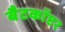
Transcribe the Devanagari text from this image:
बैटकाॅप्टर